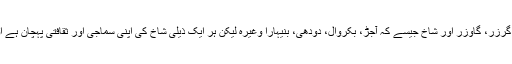
گجروں کے کئی اور نام بھی ہیں جیسے کہ گُجر، گُرجر، گُرزر، گاوزر اور شاخ جیسے کہ آجڑ، بکروال، دودھی، بنیہارا وغیرہ لیکن ہر ایک ذیلی شاخ کی اپنی سماجی اور ثقافتی پہچان ہے اور وہ اپنے اصل کے ساتھ مضبوطی سے جڑے ہوۓ ہیں۔